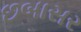
છબાસર